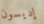
إديسون